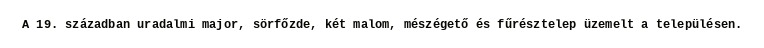
A 19. században uradalmi major, sörfőzde, két malom, mészégető és fűrésztelep üzemelt a településen.